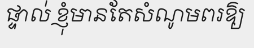
ផ្ទាល់ ខ្ញុំមានតែសំណូមពរឱ្យ